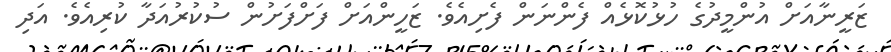
ޒަރީނާއަށް އުންމީދުގެ ހުޅުކޮޅެއް ފެންނަން ފެށިއެވެ. ޒަހީންއަށް ފަށްފަށުން ސުކުރުއަދާ ކުރިއެވެ. އަދި